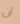
أن